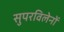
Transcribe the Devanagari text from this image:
सुपरविलेनों